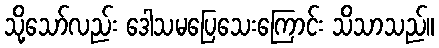
သို့သော်လည်း ဒေါသမပြေသေးကြောင်း သိသာသည်။